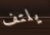
يلتف